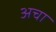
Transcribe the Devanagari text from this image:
अचा